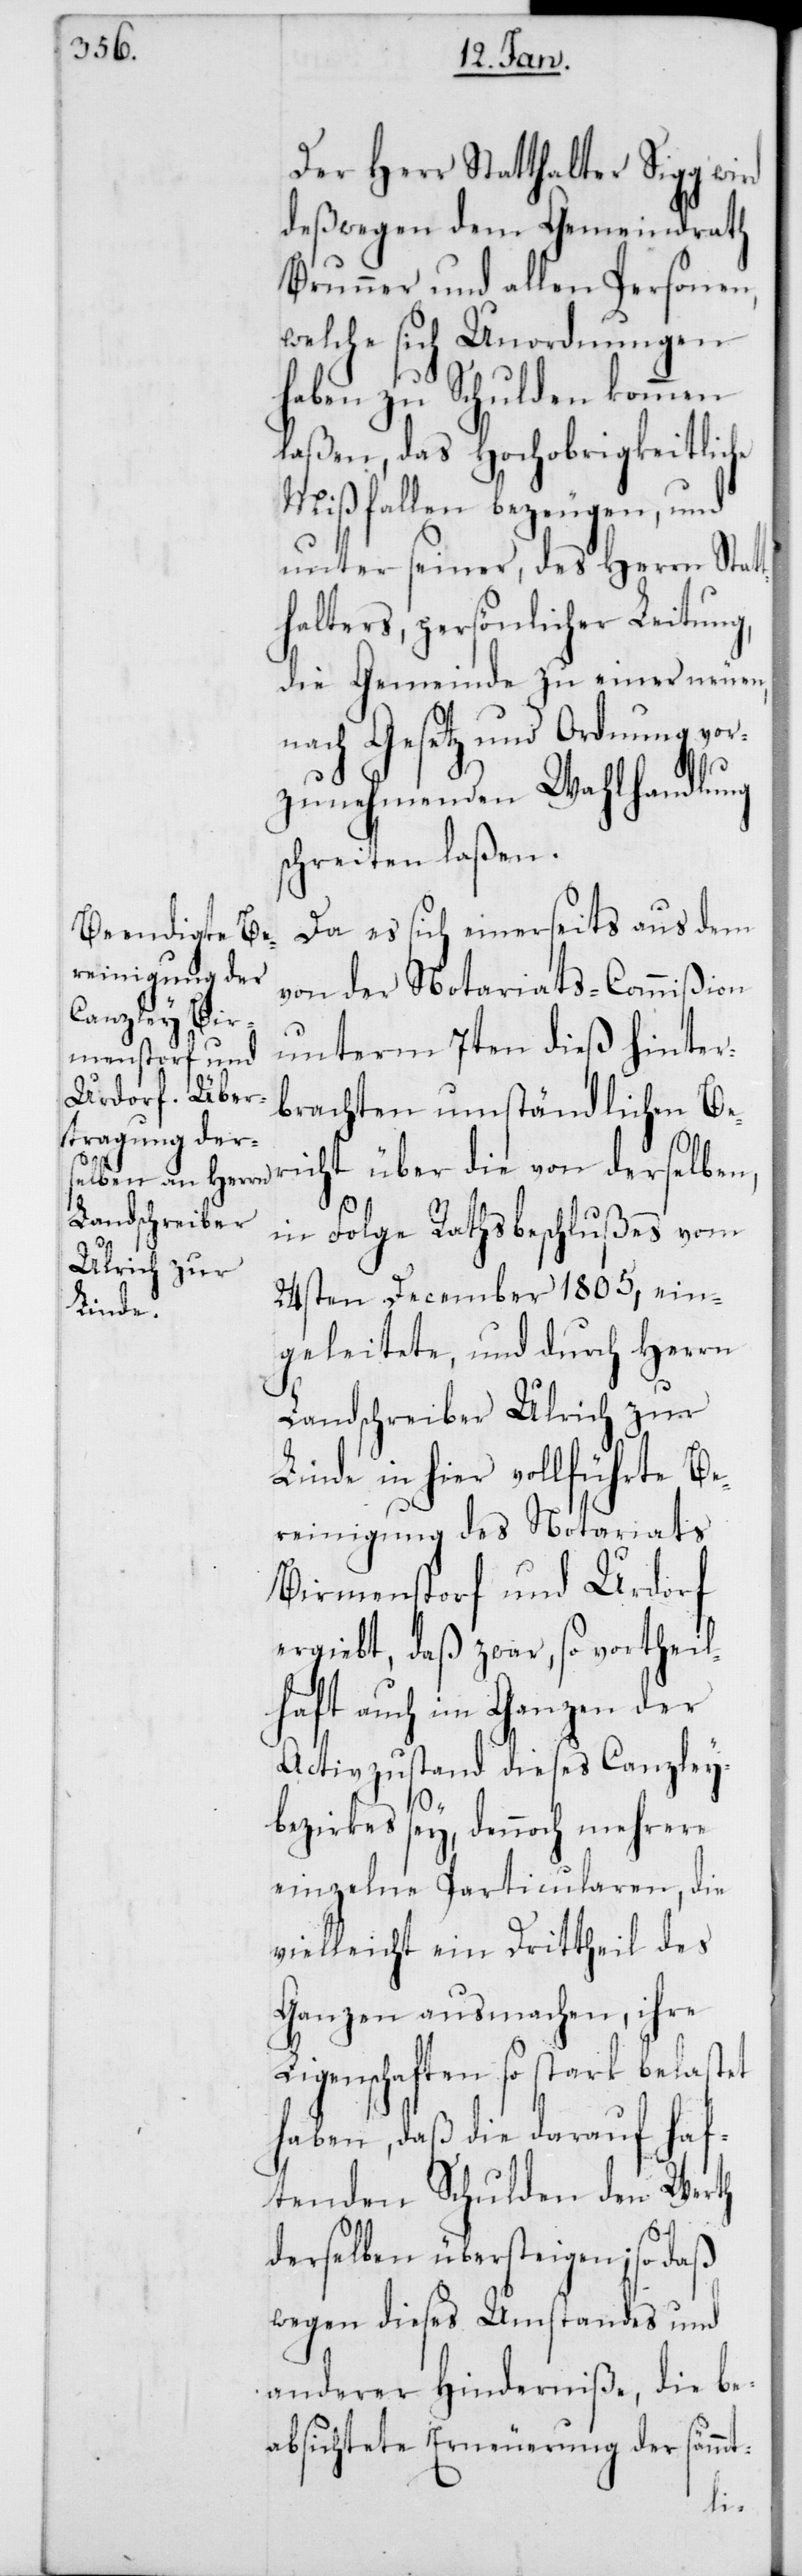
Der Herr Statthalter Sigg wird
deßwegen dem Gemeindrath
Brunner und allen Personen,
welche sich Unordnungen
haben zu Schulden kommen
laßen, das Hochobrigkeitliche
Mißfallen bezeugen, und
unter seiner, des Herrn Statt¬
halters, persönlicher Leitung,
die Gemeinde zu einer neuen,
nach Gesetz und Ordnung vor¬
zunehmenden Wahlhandlung
schreiten laßen.
Da es sich einerseits aus dem
von der Notariats-Commißion
unterm 7ten dieß hinter¬
brachten umständlichen Ber¬
icht über die von derselben,
in Folge Rathsbeschlußes vom
24sten December 1805, ein¬
geleitete, und durch Herrn
Landschreiber Ulrich zur
Linde in hier vollführten Be¬
reinigung des Notariats
Birmenstorf und Urdorf
ergiebt, daß zwar, so vortheil¬
haft auch im Ganzen der
Activzustand dieses Canzley¬
bezirkes sey, dennoch mehrere
einzelne Particularen, die
vielleicht ein Drittheil des
Ganzen ausmachen, ihre
Ligenschaften so stark belastet
haben, daß die darauf haf¬
tenden Schulden den Werth
derselben übersteigen; so daß
wegen dieses Umstandes und
anderer Hinderniße, die be¬
absichtete Erneuerung der sämmt-